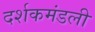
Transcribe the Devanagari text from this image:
दर्शकमंडली